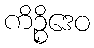
ကိဉ္စိဒေဝ